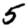
Digit: 5